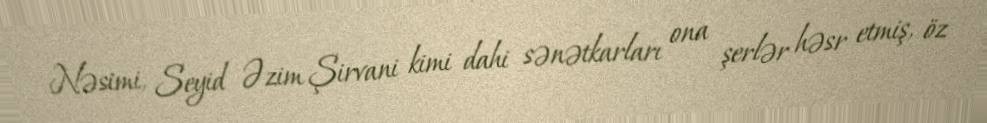
Nəsimi, Seyid Əzim Şirvani kimi dahi sənətkarları ona şerlər həsr etmiş, öz